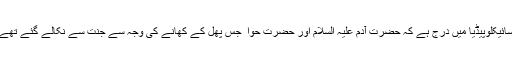
کولمبیا انسائیکلوپیڈیا اور ورلڈبک انسائیکلوپیڈیا میں درج ہے کہ حضرت آدم علیہ السلام اور حضرت حوا ؑ جس پھل کے کھانے کی وجہ سے جنت سے نکالے گئے تھے وہ بھی سیب ہی کی ایک قسم تھی ۔